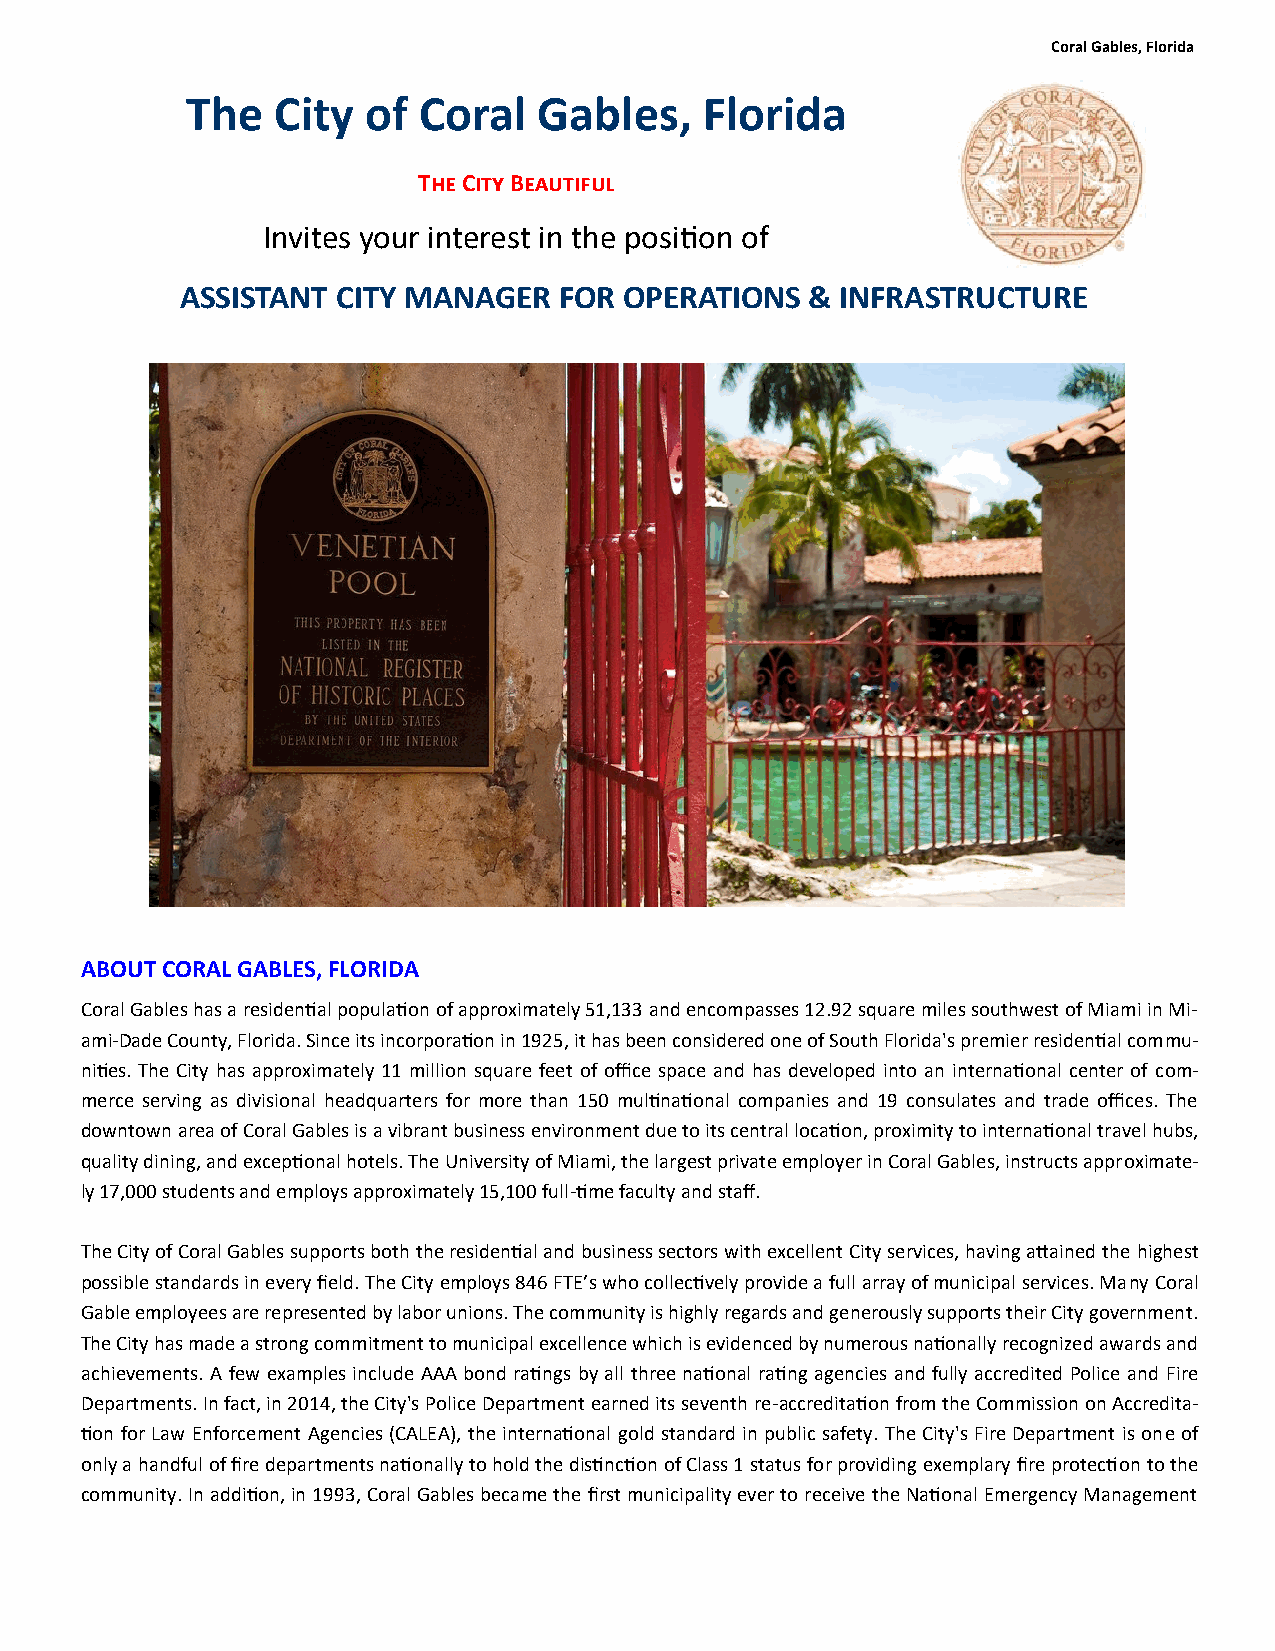
Coral Gables, Florida
 The   City  of  Coral   Gables,    Florida
 The City Beautiful
 Invites your interest in the position of
 ASSISTANT CITY MANAGER   FOR OPERATIONS   & INFRASTRUCTURE
 ABOUT CORAL GABLES, FLORIDA
 Coral Gables has a residential population of approximately 51,133 and encompasses 12.92 square miles southwest of Miami in Mi-
 ami-Dade County, Florida. Since its incorporation in 1925, it has been considered one of South Florida's premier residential commu-
 nities. The City has approximately 11 million square feet of office space and has developed into an international center of com-
 merce serving as divisional headquarters for more than 150 multinational companies and 19 consulates and trade offices. The
 downtown area of Coral Gables is a vibrant business environment due to its central location, proximity to international travel hubs,
 quality dining, and exceptional hotels. The University of Miami, the largest private employer in Coral Gables, instructs approximate-
 ly 17,000 students and employs approximately 15,100 full-time faculty and staff.
 The City of Coral Gables supports both the residential and business sectors with excellent City services, having attained the highest
 possible standards in every field. The City employs 846 FTE’s who collectively provide a full array of municipal services. Many Coral
 Gable employees are represented by labor unions. The community is highly regards and generously supports their City government.
 The City has made a strong commitment to municipal excellence which is evidenced by numerous nationally recognized awards and
 achievements. A few examples include AAA bond ratings by all three national rating agencies and fully accredited Police and Fire
 Departments. In fact, in 2014, the City's Police Department earned its seventh re-accreditation from the Commission on Accredita-
 tion for Law Enforcement Agencies (CALEA), the international gold standard in public safety. The City's Fire Department is one of
 only a handful of fire departments nationally to hold the distinction of Class 1 status for providing exemplary fire protection to the
 community. In addition, in 1993, Coral Gables became the first municipality ever to receive the National Emergency Management